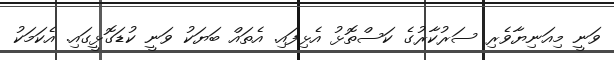
ވަނީ މިއަނިޔާވެރި ސަރުކާރުގެ ކަސްތޮޅު އެޅިފައި. އެތައް ބަޔަކު ވަނީ ކުޑަގޮޅީގައި. އެކަމަކު